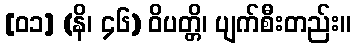
[၀၁] (နိ၊ ၄၆) ဝိပတ္တိ၊ ပျက်စီးတည်း။